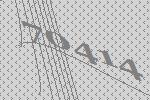
70414